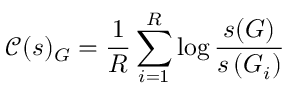
\mathcal { C } ( s ) _ { G } = \frac { 1 } { R } \sum _ { i = 1 } ^ { R } \log \frac { s ( G ) } { s \left( G _ { i } \right) }